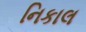
નિકાલ